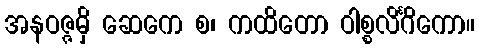
အနဝဇ္ဇမှိ ဆေကေ စ၊ ကထိတော ဝါစ္စလိင်္ဂိကော။